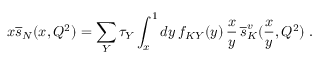
x { \overline { { s } } } _ { N } ( x , Q ^ { 2 } ) = \sum _ { Y } \tau _ { Y } \int _ { x } ^ { 1 } d y \, f _ { K Y } ( y ) \, \frac { x } { y } \, { \overline { { s } } } _ { K } ^ { v } ( \frac { x } { y } , Q ^ { 2 } ) \; .